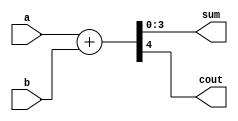
// Listing 3.11
module adder_carry_para
   #(parameter N=4)
   (
     input wire [N-1:0] a, b,
     output wire [N-1:0] sum,
     output wire cout  // carry-out
   );

   // constant declaration
   localparam N1 = N-1;

   // signal declaration
   wire [N:0] sum_ext;

   //body
   assign sum_ext = {1'b0, a} + {1'b0, b};
   assign sum = sum_ext[N1:0];
   assign cout= sum_ext[N];

endmodule